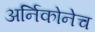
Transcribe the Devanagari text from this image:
अर्निकोनेच